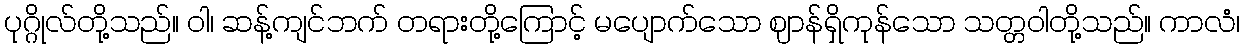
ပုဂ္ဂိုလ်တို့သည်။ ဝါ၊ ဆန့်ကျင်ဘက် တရားတို့ကြောင့် မပျောက်သော ဈာန်ရှိကုန်သော သတ္တဝါတို့သည်။ ကာလံ၊